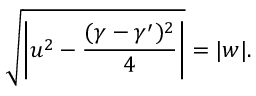
\sqrt { \left| u ^ { 2 } - \frac { ( \gamma - \gamma ^ { \prime } ) ^ { 2 } } { 4 } \right| } = \vert w \vert .